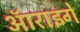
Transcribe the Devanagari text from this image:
ऑराइगे